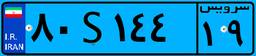
۸۰S۱۴۴۱۹